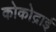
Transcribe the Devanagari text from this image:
कोकोद्राई